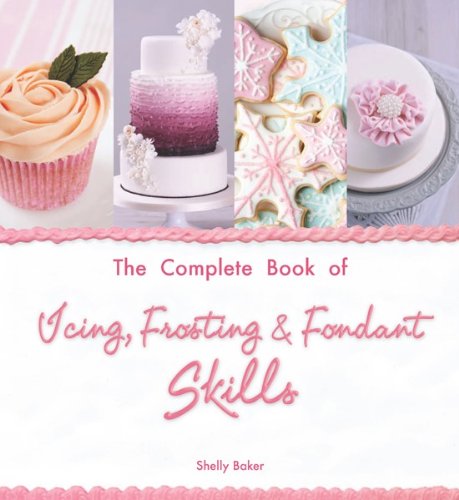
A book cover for The Complete Book of Icing, Frosting & Fondant Skills; Shelly Baker; Cookbooks, Food & Wine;